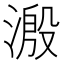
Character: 溵